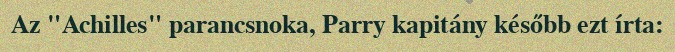
Az "Achilles" parancsnoka, Parry kapitány később ezt írta: